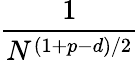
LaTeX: \frac{1}{N^{(1+p-d)/2}}